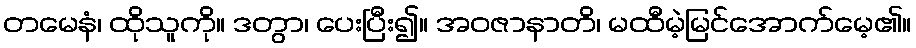
တမေနံ၊ ထိုသူကို။ ဒတွာ၊ ပေးပြီး၍။ အဝဇာနာတိ၊ မထီမဲ့မြင်အောက်မေ့၏။